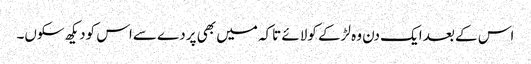
اس کے بعد ایک دن وہ لڑکے کولائے تاکہ میں بھی پردے سےاس کودیکھ سکوں۔